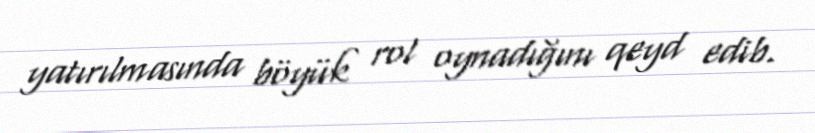
yatırılmasında böyük rol oynadığını qeyd edib.